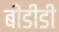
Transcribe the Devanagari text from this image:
बीडीडी